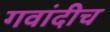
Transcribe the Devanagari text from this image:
गवांदीच